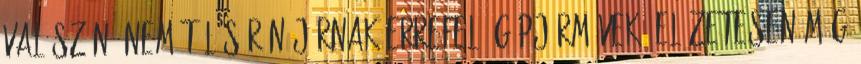
Valószínű nem túl sűrűn járnak errefelé gépjárművek. Előzetesen még